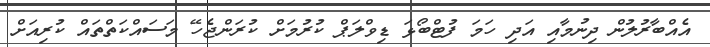
އެއްބާރުލުން ދިނުމާއި އަދި ހަމަ ފުޓްބޯޅަ ޑިވްލަޕް ކުރުމަށް ކުރަންޖެހޭ މަސައްކަތްތައް ކުރިއަށް